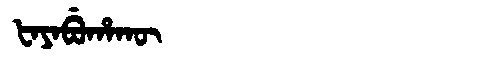
Manchu: ᡶᠠᠶᠠᠪᡠᡥᠠᡴᡡ
Romanization: FAYABUHAKŪ